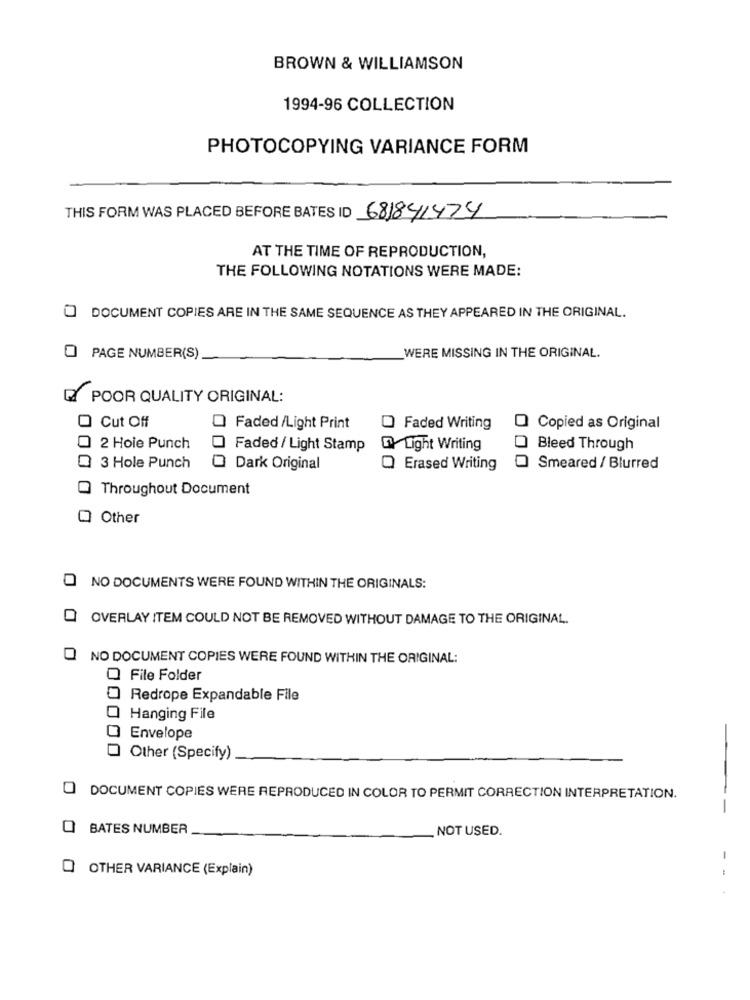
BROWN & WILLIAMSON
1994-96 COLLECTION
PHOTOCOPYING VARIANCE FORM
THIS FORM WAS PLACED BEFORE BATES ID 681841424
AT THE TIME OF REPRODUCTION,
THE FOLLOWING NOTATIONS WERE MADE:
O DOCUMENT COPIES ARE IN THE SAME SEQUENCE AS THEY APPEARED IN THE ORIGINAL.
WERE MISSING IN THE ORIGINAL.
O PAGE NUMBER(S)
POOR QUALITY ORIGINAL:
Cut Off
Faded /Light Print
O Faded Writing
Copied as Original
2 Hole Punch
Faded / Light Stamp
Light Writing
Bleed Through
3 Hole Punch
Dark Original
Q Erased Writing
Smeared / Blurred
Throughout Document
Other
NO DOCUMENTS WERE FOUND WITHIN THE ORIGINALS:
0
OVERLAY ITEM COULD NOT BE REMOVED WITHOUT DAMAGE TO THE ORIGINAL.
NO DOCUMENT COPIES WERE FOUND WITHIN THE ORIGINAL:
O File Folder
Redrope Expandable File
Hanging File
Envelope
Other (Specify)
0
DOCUMENT COPIES WERE REPRODUCED IN COLOR TO PERMIT CORRECTION INTERPRETATION.
--
BATES NUMBER
. NOT USED.
-
Q OTHER VARIANCE (Explain)